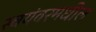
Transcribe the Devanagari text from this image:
स्वयंवरमधील